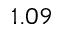
1 . 0 9